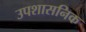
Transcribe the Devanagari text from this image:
उपशासनिक